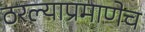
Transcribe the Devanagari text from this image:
ठरल्याप्रमाणेच